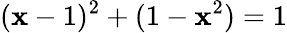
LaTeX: (\mathbf{x}-1)^{2}+(1-\mathbf{x}^{2})=1